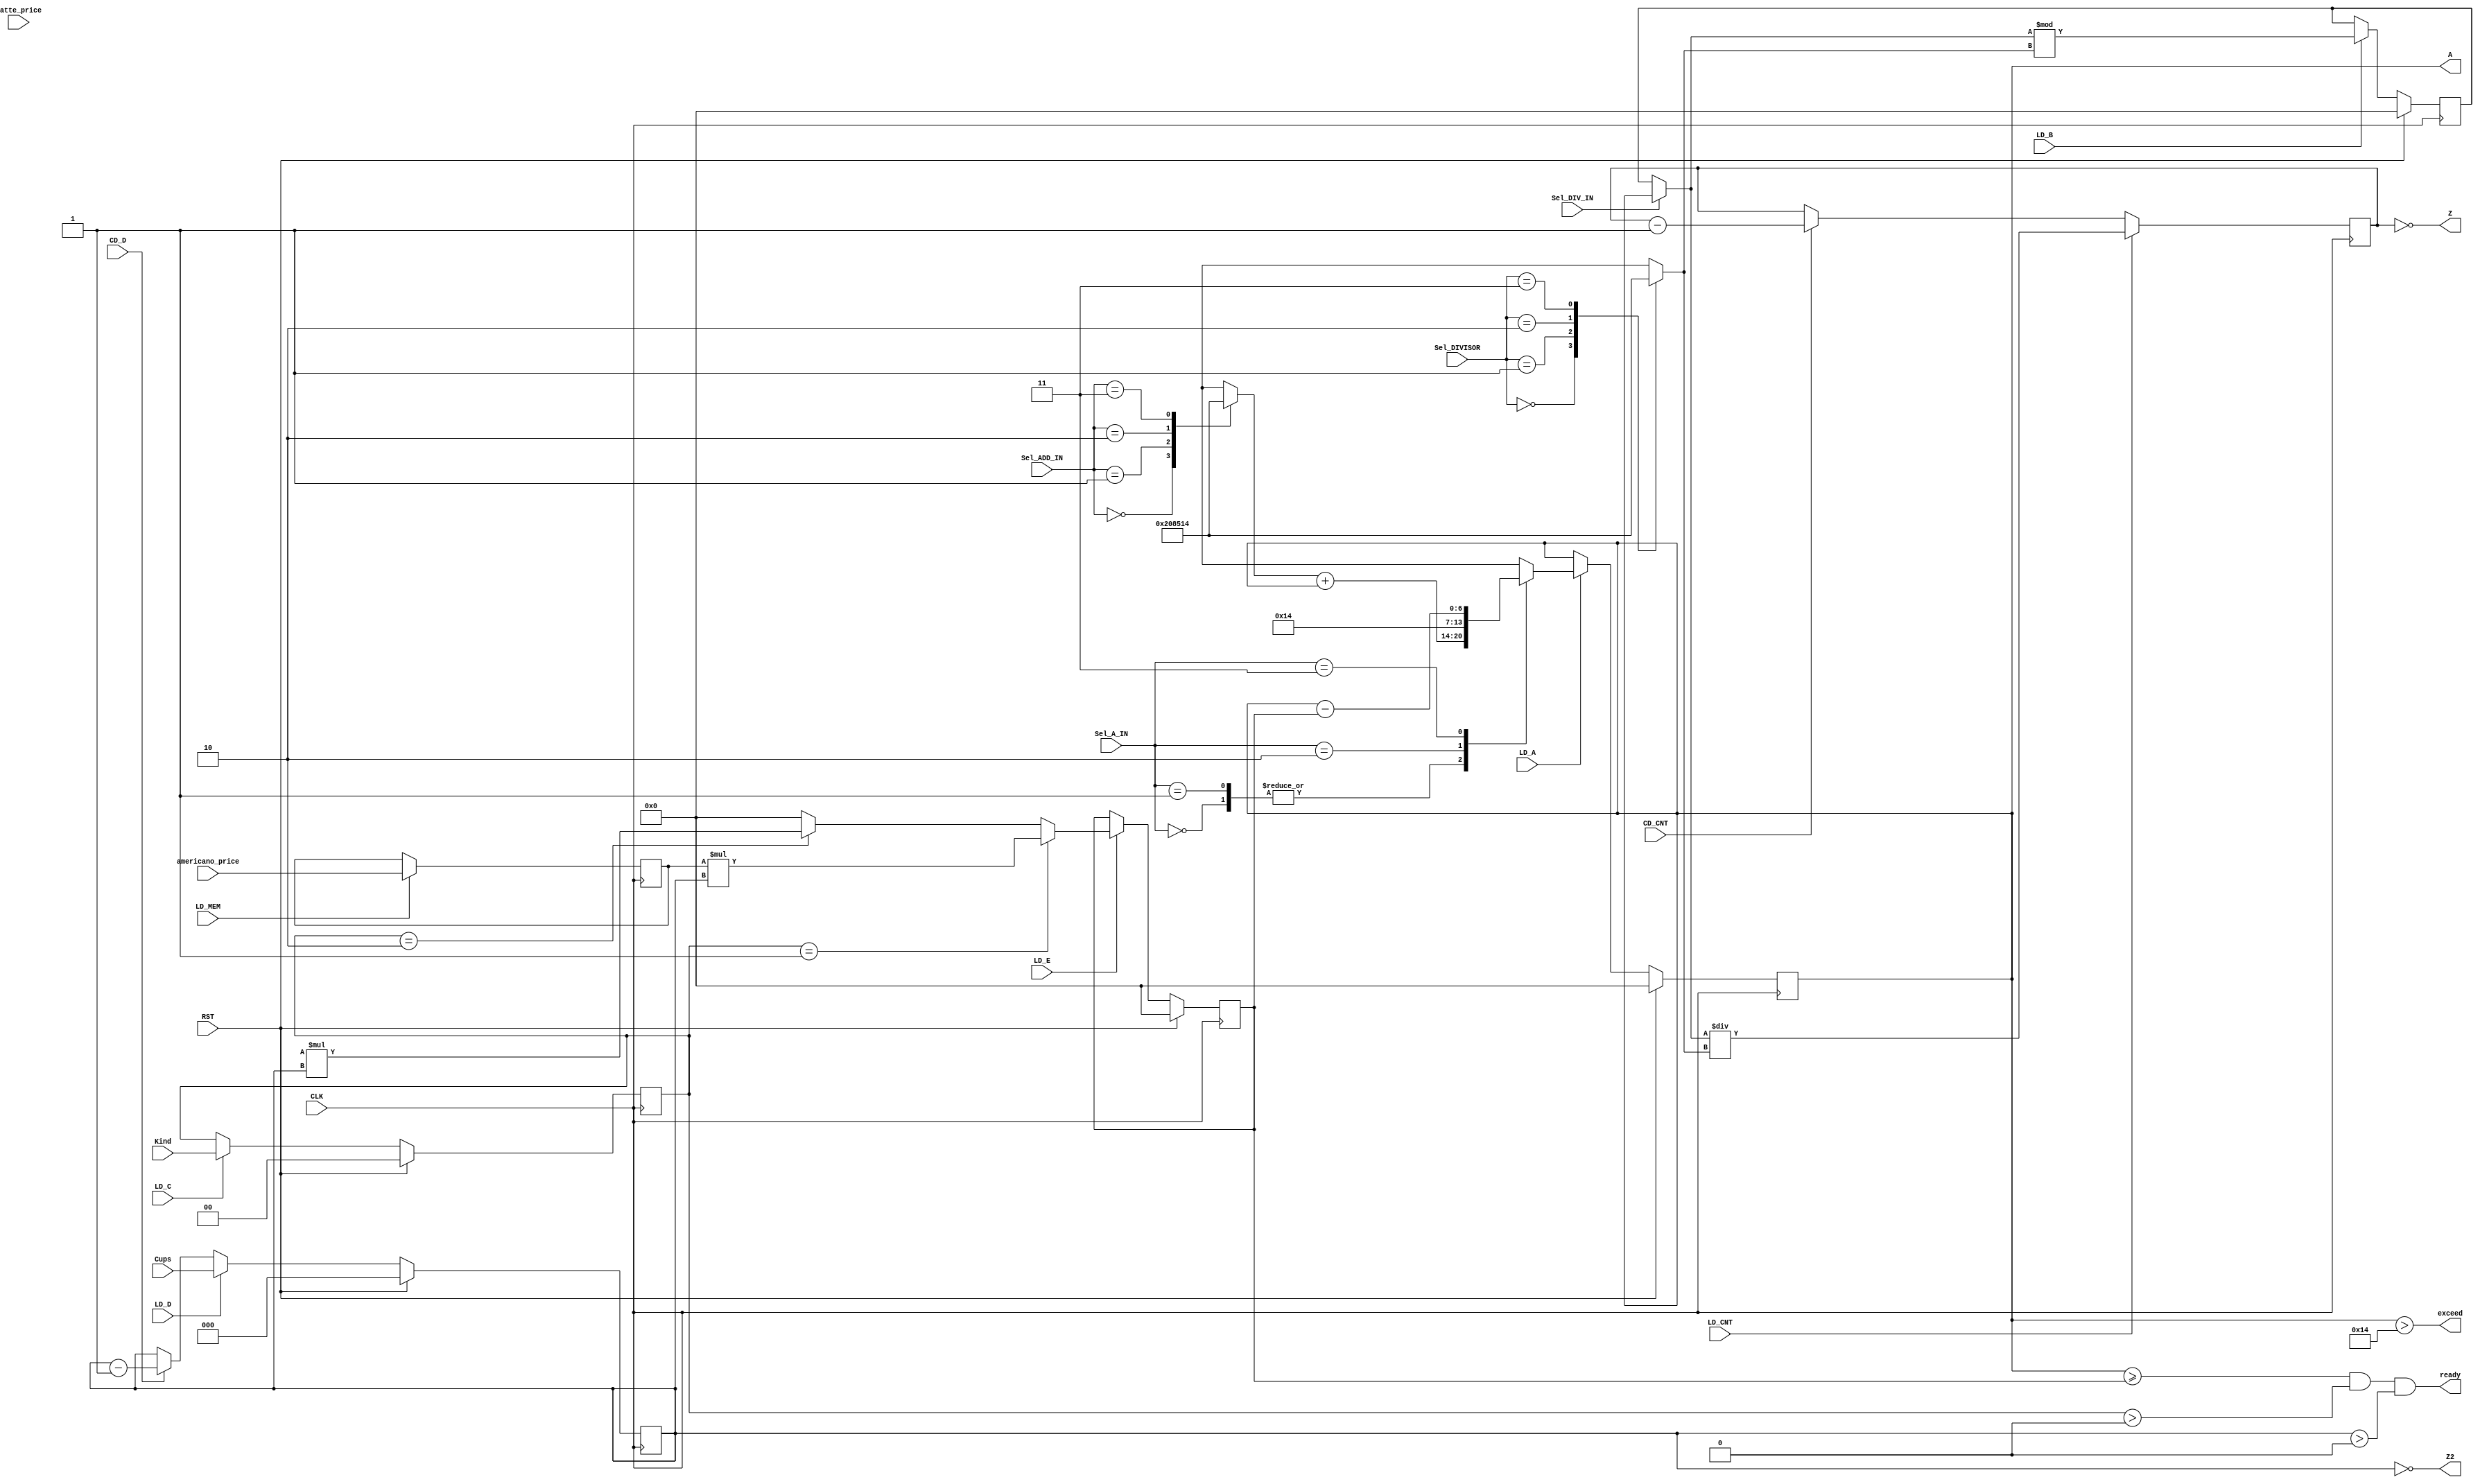
module dataPath(
	 input CLK,input RST,
	 input LD_A,input LD_B,input LD_C,input LD_D,input LD_E, input LD_CNT, input LD_MEM,
	 input CD_D,input CD_CNT,
	 input Sel_DIV_IN,
	 input [1:0] Sel_A_IN,input [1:0] Sel_ADD_IN,input [1:0] Sel_DIVISOR,
	 input [1:0] Kind,input [2:0] Cups,
	 
	 input [6:0] americano_price,input [6:0] ratte_price,
	 
	 output Z,
	 output Z2,
	 output exceed,
	 output ready,
	 output [6:0] A
	 );
	 reg enough;
	 reg [1:0] C;
	 reg [2:0] D;
	 reg [6:0] A,B,E,CNT,ADD_IN,divisor,cost,sum,quotient,remainder,remain_money;
	 reg [6:0] A_IN,MEM[1:0];
	 wire [6:0]  DIV_IN;
	 
	 //MUX
	 always@(Sel_ADD_IN)
		case(Sel_ADD_IN)
			2'b00: ADD_IN = 1;
			2'b01: ADD_IN = 2;
			2'b10: ADD_IN = 10;
			2'b11: ADD_IN = 20;
			default:ADD_IN = 1;
		endcase
	 //adder
	 always@(ADD_IN or A)
		begin
			sum = ADD_IN+A;
		end
	 //MUX
	 always@(Sel_A_IN or sum or remain_money)
		case(Sel_A_IN)
			2'b00: A_IN = sum;
			2'b01: A_IN = sum;
			2'b10: A_IN = 20;
			2'b11: A_IN = remain_money;
			default: A_IN = sum;
		endcase
	 //reg A
	 always@(posedge CLK)
		begin
			if(RST) A <= 0;
			else if(LD_A) A <= A_IN;
		end
	 
	 //MUX
	 assign DIV_IN = Sel_DIV_IN ? A : B;
	 //MUX
	 always@(Sel_DIVISOR)
		case(Sel_DIVISOR)
			2'b00: divisor = 1;
			2'b01: divisor = 2;
			2'b10: divisor = 10;
			2'b11: divisor = 20;
			default: divisor = 1;
		endcase
	 //divider
	 always@(DIV_IN or divisor)
		begin
			remainder = DIV_IN%divisor;
			quotient = DIV_IN/divisor;
		end
	 //exceed
	 assign exceed = A>20;	
	 
	 //reg B
	 always@(posedge CLK)
		begin
			if(RST) B <= 0;
			else if(LD_B) B <= remainder;
		end
	 //CNT, Counter
	 always@(posedge CLK)
		begin
			if(LD_CNT)CNT <= quotient;
			else if(CD_CNT) CNT <= CNT-1;
		end
	 //Z, zero detect 
	 assign Z = (CNT==0);
	 //reg C , Kind
	 always@(posedge CLK)
		begin
			if(RST) C <= 0;
			else if(LD_C) C<= Kind;
		end
	 //reg D, cups, count
	 always@(posedge CLK)
		begin
			if(RST) D <= 0;
			else if(LD_D) D<= Cups;
			else if(CD_D) D<= D-1;
		end
	 //Z2, zero detect	
	 assign Z2 = (D==0);
	 //reg E, save cost
	 always@(posedge CLK)
		begin
			if(RST) E <= 0;
			else if(LD_E) E<= cost;
		end
	 //multiflier, get cost 
	 always@(C or D)
		begin
			if(C==2'b01) cost = MEM[0]*D;
			else if(C==2'b10)cost = MEM[1]*D;
			else cost = 0;
		end
	 //substractor, sum - cost
	 always@(A or E)
		begin
			enough = A>=E;
			remain_money = A-E;
		end
	 assign ready = enough&&(C>0)&&(D>0);
	 //MEM, change price
	 always@(posedge CLK)
		begin
			if(LD_MEM)
				begin
					MEM[0]<=americano_price;
					//MEM[1]<=ratte_price;
				end
		end
	 
endmodule